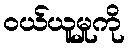
ဝယ်ယူမှုကို